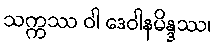
သက္ကဿ ဝါ ဒေဝါနမိန္ဒဿ၊